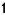
1